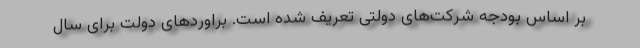
بر اساس بودجه شرکت‌های دولتی تعریف شده است. براوردهای دولت برای سال